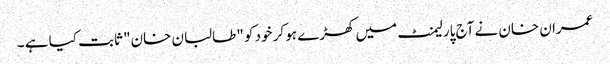
عمران خان نے آج پارلیمنٹ میں کھڑے ہو کر خود کو "طالبان خان" ثابت کیا ہے ۔